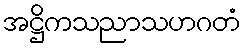
အဋ္ဌိကသညာသဟဂတံ